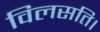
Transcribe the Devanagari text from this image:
विलसति।